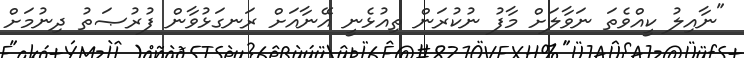
"ނާއިލު ކީއްވެތަ ނަވާލަށް މާފު ނުކުރަން ތިއުޅެނީ އޭނާއަށް ރަނގަޅުވާން ފުރުޞަތު ދިނުމަށް